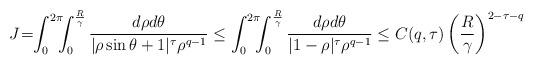
LaTeX: \begin{align*}J\!=\!\!\int_{0}^{2\pi}\!\!\!\int_{0}^{\frac{R}{\gamma}}\frac{d\rho d\theta}{|\rho\sin\theta+1|^{\tau}\rho^{q-1}}\leq\int_{0}^{2\pi}\!\!\!\int_{0}^{\frac{R}{\gamma}}\frac{d\rho d\theta}{|1-\rho|^{\tau}\rho^{q-1}}\leq C(q,\tau)\left(\frac{R}{\gamma}\right)^{2-\tau-q}\end{align*}